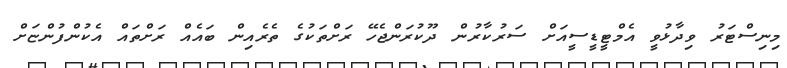
މިނިސްޓަރު ވިދާޅުވީ އެމްޓީޑީސީއަށް ސަރުކާރުން ދޫކުރަންޖެހޭ ރަށްތަކުގެ ތެރެއިން ބައެއް ރަށްތައް އެކުންފުންޏަށް